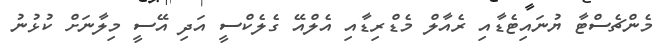
މެންޗެސްޓާ ޔުނައިޓެޑާއި ރެއާލް މެޑްރިޑާއި އެލްއޭ ގެލެކްސީ އަދި އޭސީ މިލާނަށް ކުޅުނު